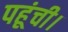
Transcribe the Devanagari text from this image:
पहूंची।